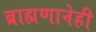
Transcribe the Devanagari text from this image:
ब्राह्मणानेही